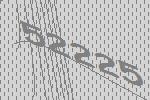
52225